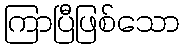
ကြာပြီဖြစ်သော